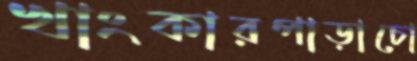
খাংকারপাড়াচো